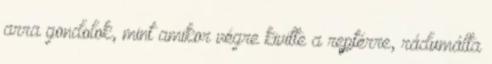
arra gondolok, mint amikor végre kivitte a reptérre, rádumálta